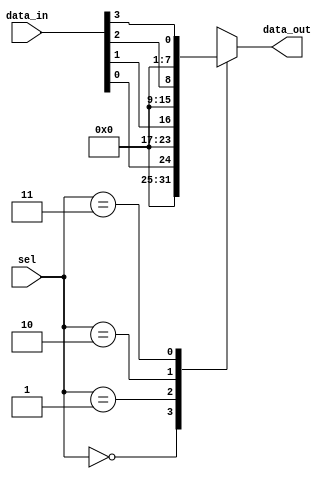
module parameterized_mux #(
    parameter N = 4 // Default number of inputs, change as needed
) (
    input wire [N-1:0] data_in,  // N input data lines
    input wire [$clog2(N)-1:0] sel, // log2(N)-bit selection input
    output reg [data_width-1:0] data_out // Output to carry selected input
);
    // Assuming data_width is defined as the width of the data inputs
    localparam data_width = 8; // Set the width of the data inputs (adjust as needed)

    // Always block to handle selection
    always @(*) begin
        case (sel)
            // Valid selections
            0: data_out = data_in[0];
            1: data_out = data_in[1];
            2: data_out = data_in[2];
            3: data_out = data_in[3];
            // Add more cases as needed based on N
            default: data_out = {data_width{1'b0}}; // Default output for invalid selection
        endcase
    end
endmodule